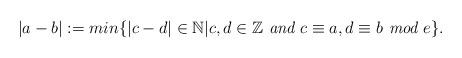
LaTeX: \begin{align*} |a-b|:=min\{|c-d|\in\mathbb{N}|c,d\in\mathbb{Z}\textit{ and }c\equiv a, d\equiv b \textit{ mod } e\} .\end{align*}